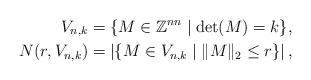
\begin{align*} V_{n, k} &= \{ M \in \mathbb{Z}^{nn} \mid \det(M) = k \}, \\ N(r, V_{n,k}) &= \left| \{ M \in V_{n,k} \mid \|M\|_2 \leq r \} \right|,\end{align*}